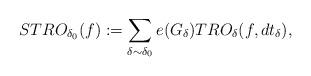
LaTeX: \begin{align*}STRO_{\delta_0}(f):=\sum_{\delta \sim \delta_0}e(G_{\delta})TRO_{\delta}(f,dt_{\delta}),\end{align*}